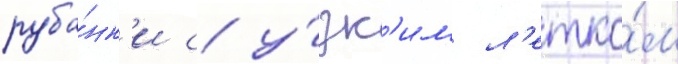
руба́нк'и с у́зк'им л'етко́м